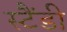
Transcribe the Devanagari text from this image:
स्टैंडी